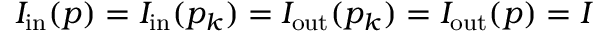
I _ { \mathrm { i n } } ( p ) = I _ { \mathrm { i n } } ( p _ { k } ) = I _ { \mathrm { o u t } } ( p _ { k } ) = I _ { \mathrm { o u t } } ( p ) = I